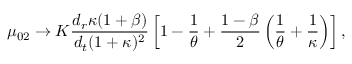
\mu _ { 0 2 } \to K \frac { { d _ { r } } \kappa ( 1 + \beta ) } { { d _ { t } } ( 1 + \kappa ) ^ { 2 } } \left[ 1 - \frac { 1 } { \theta } + \frac { 1 - \beta } { 2 } \left( \frac { 1 } { \theta } + \frac { 1 } { \kappa } \right) \right] ,